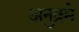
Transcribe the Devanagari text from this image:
अनुक्र्मे